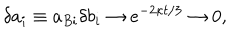
\delta a _ { i } \equiv a _ { B i } \delta b _ { i } \to e ^ { - 2 \kappa t / 3 } \to 0 ,